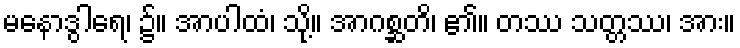
မနောဒွါရေ၊ ၌။ အာပါထံ၊ သို့။ အာဂစ္ဆတိ၊ ၏။ တဿ သတ္တဿ၊ အား။